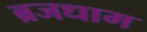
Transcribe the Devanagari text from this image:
ब्रजधाम